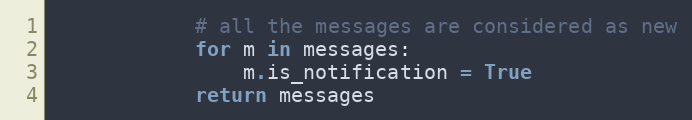
Language: Python
            # all the messages are considered as new
            for m in messages:
                m.is_notification = True
            return messages